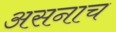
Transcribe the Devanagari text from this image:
असनाच